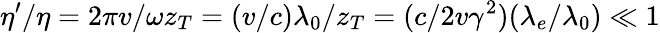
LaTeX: \eta^{\prime}/\eta=2\pi v/\omega z_{T}=(v/c)\lambda_{0}/z_{T}=(c/2v\gamma^{2})(\lambda_{e}/\lambda_{0})\ll 1